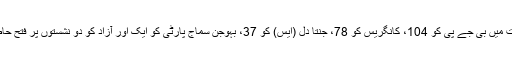
ان انتخابات میں بی جے پی کو 104، کانگریس کو 78، جنتا دل (ایس) کو 37، بہوجن سماج پارٹی کو ایک اور آزاد کو دو نشستوں پر فتح حاصل ہوئی۔